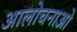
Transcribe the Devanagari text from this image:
आलोचनाओ